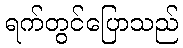
ရက်တွင်ပြောသည်